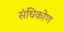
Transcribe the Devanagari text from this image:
संधिकोण